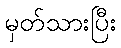
မှတ်သားပြီး